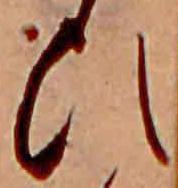
ひ